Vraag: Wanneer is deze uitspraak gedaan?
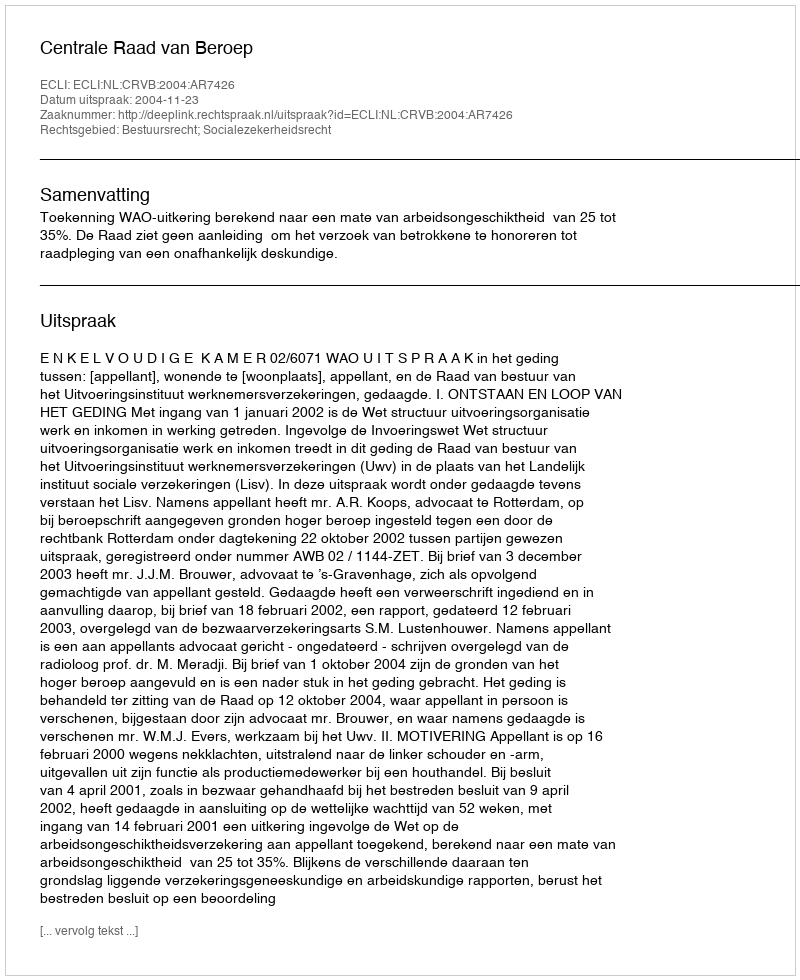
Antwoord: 2004-11-23